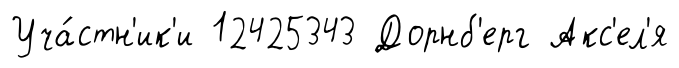
Уча́стн'ик'и 12425343 Дорнб'ерг Акс'ел'я